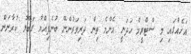
އަށެއްގައި މި ސްޓްރީމް ހަދަނީ އެންމެ ތިން ދަރިވަރުންނޭ ބުނެފިއްޔާ ގަބޫލު ކުރާނަން